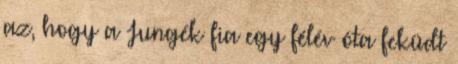
az, hogy a Jungék fia egy félév óta feküdt